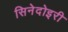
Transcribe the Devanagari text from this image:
सिनेदोइरी